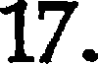
17.